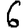
Digit: 6